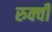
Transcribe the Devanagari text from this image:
रुक्‍वी